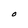
Character: O